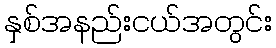
နှစ်အနည်းငယ်အတွင်း